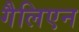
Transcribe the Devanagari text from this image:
गैलिएन